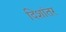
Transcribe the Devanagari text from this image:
दिशांतर